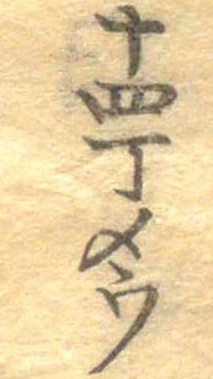
十四丁メウ